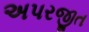
અપરજીત